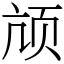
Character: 颃